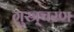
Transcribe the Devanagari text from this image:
गुस्र्चरण